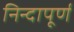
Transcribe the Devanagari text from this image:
निन्दापूर्ण